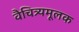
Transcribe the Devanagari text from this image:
वैचित्र्यमूलक